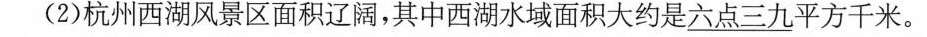
(2)杭州西湖风景区面积辽阔，其中西湖水域面积大约是六点三九平方千米。